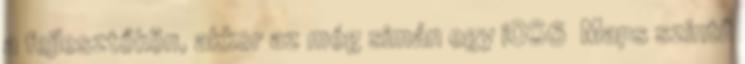
a fejlesztőkön, akkor az még simán egy iOS6 Maps szintű